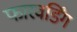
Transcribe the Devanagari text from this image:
फारवर्डिंग